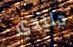
جليدي